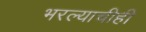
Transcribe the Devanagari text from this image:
भरल्याचीही